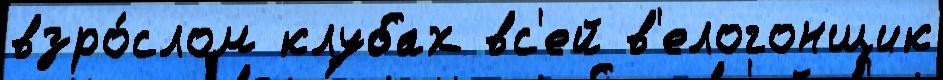
взро́слом клубах вс'ей в'елогонщик